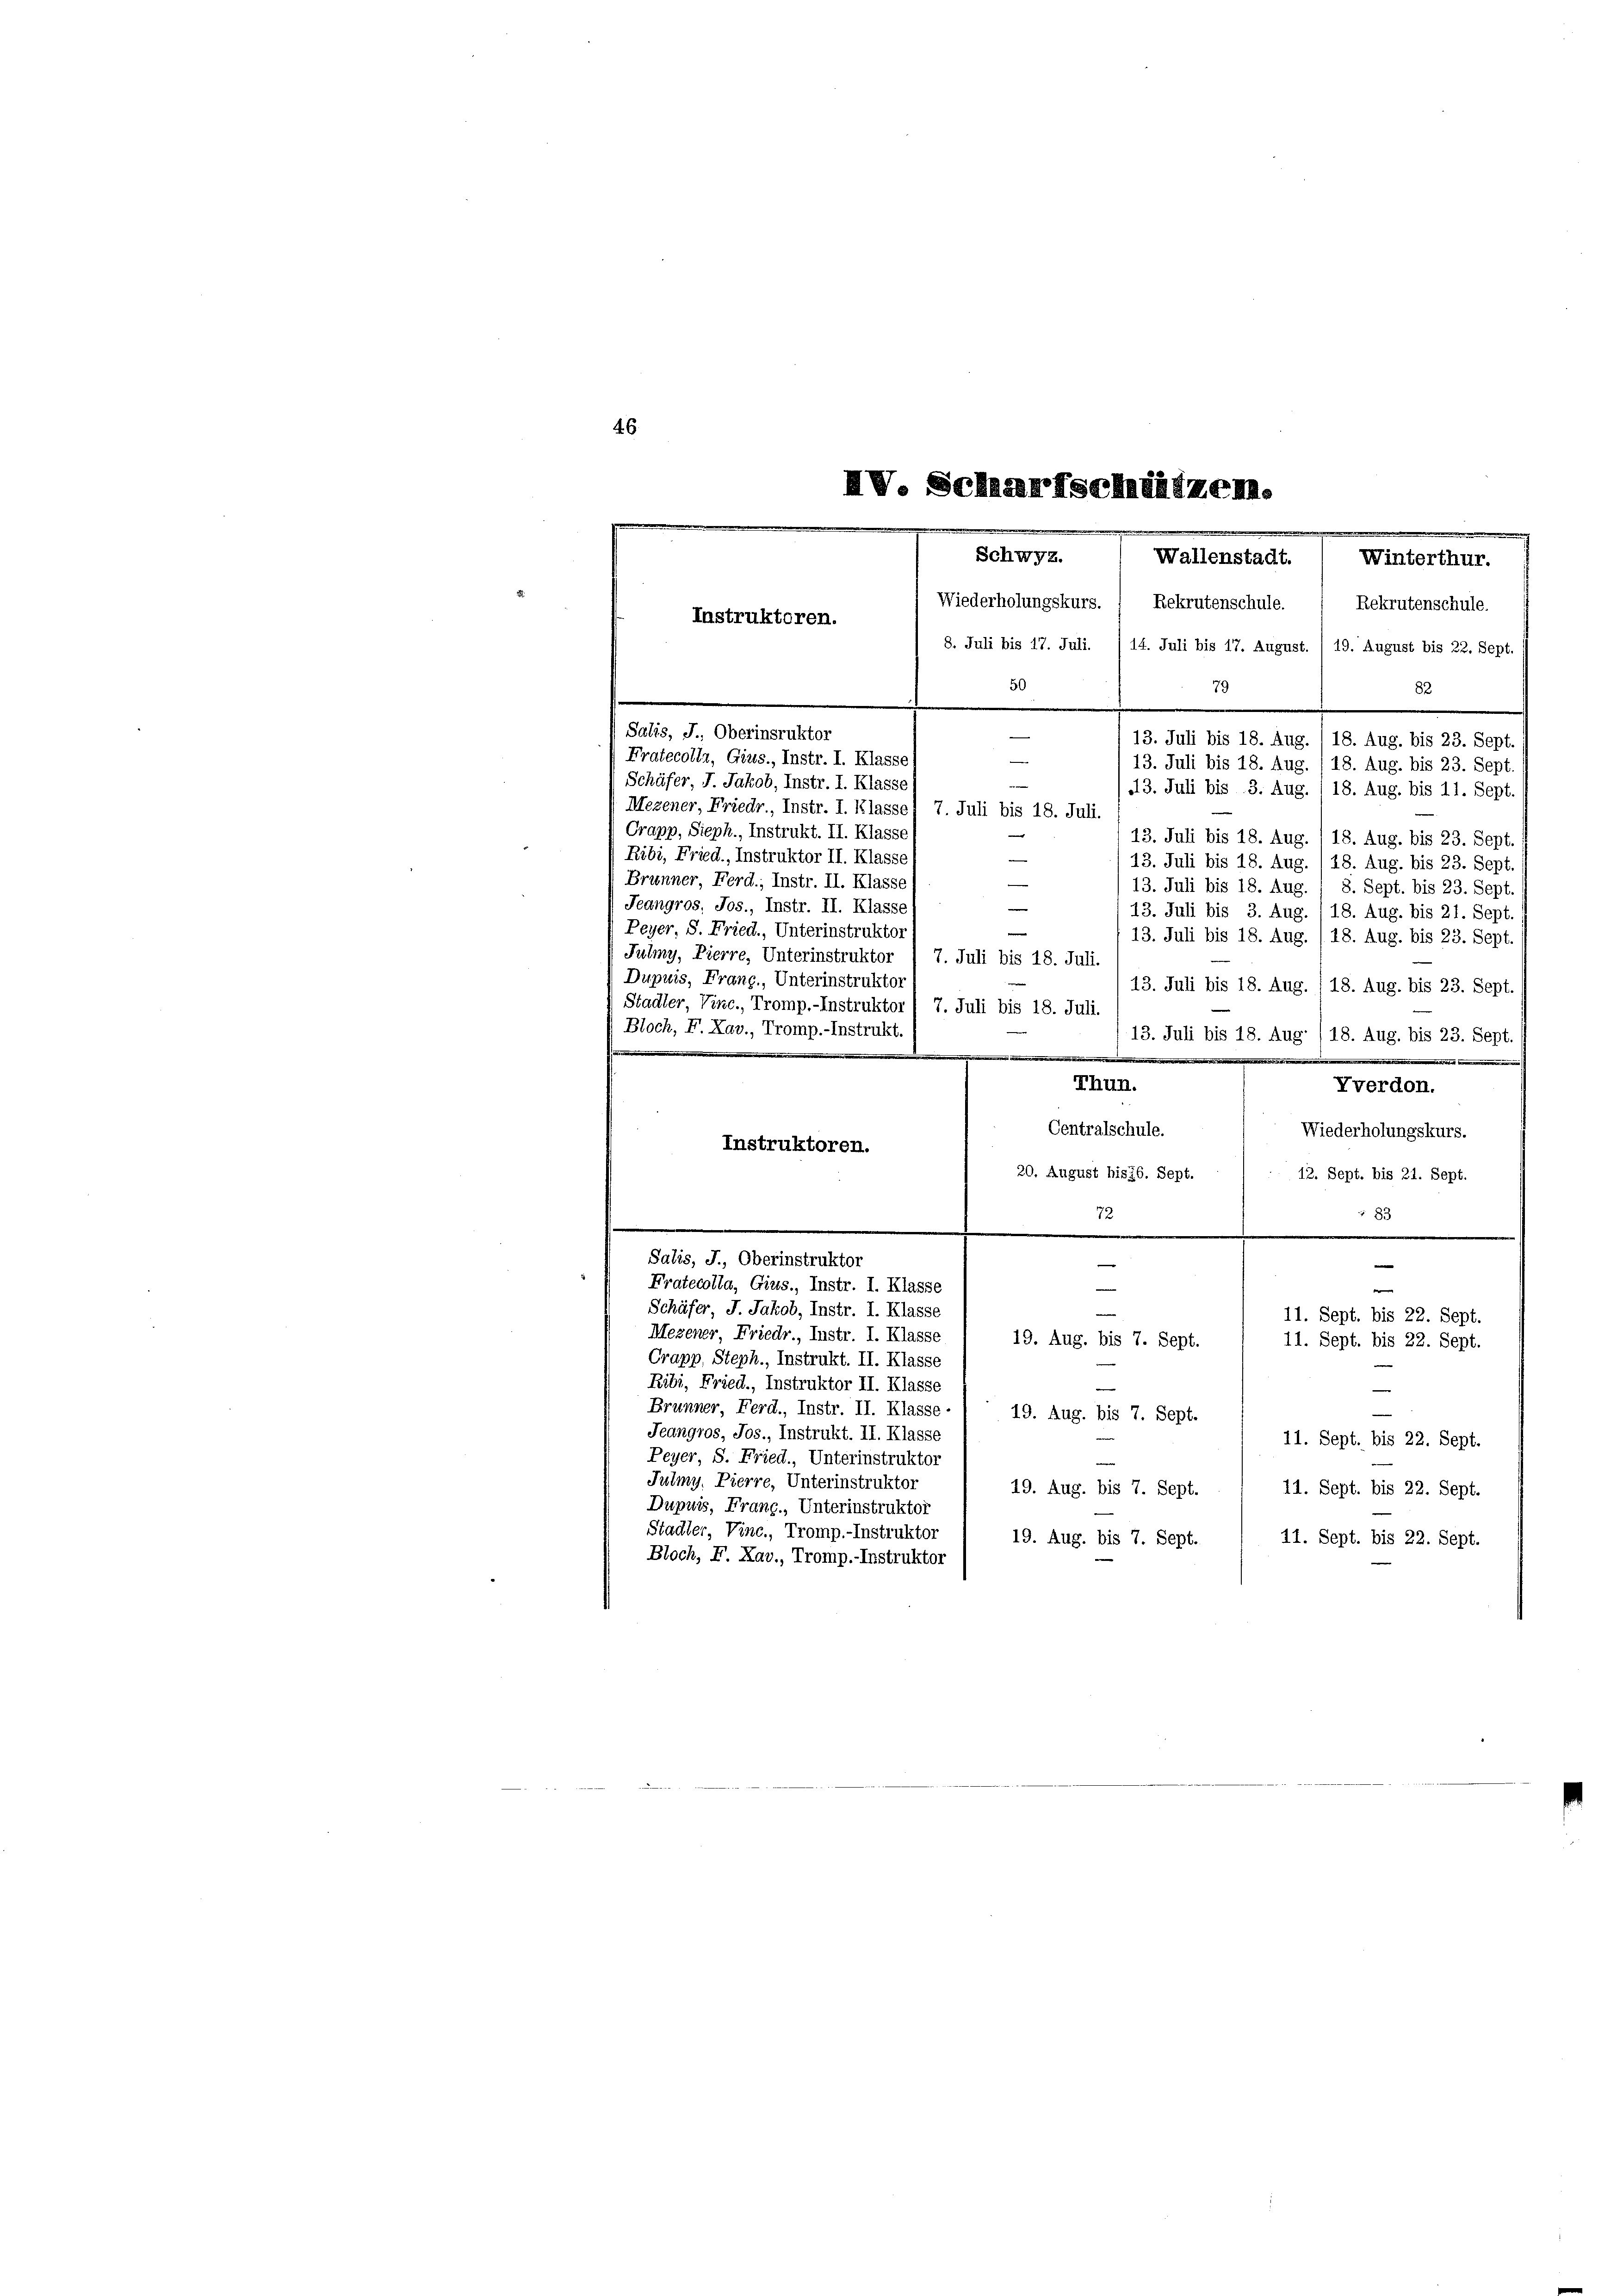
46
IV. Scharfschlätzen.

Schwyz.
Wallenstadt. ( Winterthur.

Schäfer, J. Jakob, Instr. I. Klass
Mezener, Friedr Instr. I. Klasse, 7. Juli bis 18. Juli.
Crapp, Sieph., Instrukt. II. Klasse
13. Juli bis 18. Aug. , 18. Aug. bis 23. Sept.
Ribi, Fried., Instruktor II. Klasse
e
13. Juli bis 18. Aug. /18. Aug. bis 23. Sept.
Brunner, Ferd., Instr. II. Klasse
13. Juli bis 18. Aug. . 8. Sept. bis 23. Sept.
Jeangros, Jos., Instr. II. Klasse
e
13. Juli bis 3. Aug. 118. Aug. bis 21. Sept.
Peyer, S. Fried., Unterinstruktor
13. Juli bis 18. Aug. 118. Aug. bis 23. Sept
Julmy, Pierre, Unterinstruktor / 7. Juli bis 18. Juli.
Dupuis, Frang., Unterinstruktor
13. Juli bis 18. Aug. /18. Aug. bis 23. Sept.
Stadler, Vinc., Tromp.-Instruktor / 7. Juli bis 18. Juli.
Bloch, F. Xav., Tromp.-Instrukt.
13. Juli bis 18. Aug /18. Aug. bis 23. Sept.
mden
e
Thun.
Yverdon.
Centralschule.
Wiederholungskurs.
Instruktoren.
20. August bis 76. Sept.
12. Sept. bis 21. Sept.
 83
72.
e
Salis, J., Oberinstruktor
e
s
Fratecolla, Gius., Instr. I. Klasse
e
Schäfer, J. Jakob, Instr. I. Klasse
11. Sept. bis 22. Sept.
Mezener, Friedr., Instr. I. Klasse
19. Aug. bis 7. Sept.
11. Sept. bis 22. Sept.
Crapp, Steph., Instrukt. II. Klasse
Ribi, Fried., Instruktor II. Klasse
Brunner, Ferd., Instr. II. Klasse-
19. Aug. bis 7. Sept. 1 11. Sept. bis 22. Sept.
Jeangros, Jos., Instrukt. II. Klasse
Peyer S. Fried., Unterinstruktor
Julmy, Pierre, Unterinstruktor
19. Aug. bis 7. Sept.
11. Sept. bis 22. Sept.
Dupuis, Frang, Unterinstruktor
Stadler, Vinc., Tromp.-Instruktor
19. Aug. bis 7. Sept.
11. Sept. bis 22. Sept.
Bloch, F. Xav., Tromp.-Instruktor

Wiederholungskurs. ; Rekrutenschule. ( Rekrutenschule.
Instruktoren.
8. Juli bis 17. Juli. /14. Juli bis 17. August. I 19. August bis 22. Sept.
50
79
82
Salis, J., Oberinsruktor
—
13. Juli bis 18. Aug. /18. Aug. bis 23. Sept.
Fratecolla, Gius., Instr. I. Klasse
—
13. Juli bis 18. Aug.
18. Aug. bis 23. Sept.

113. Juli bis 3. Aug. 118. Aug. bis 11. Sept